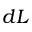
d L